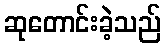
ဆုတောင်းခဲ့သည်